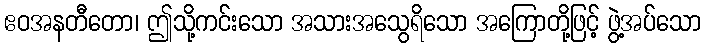
ဧဝအနတီတော၊ ဤသို့ကင်းသော အသားအသွေရိသော အကြောတို့ဖြင့် ဖွဲ့အပ်သော